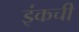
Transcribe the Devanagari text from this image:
इंकची